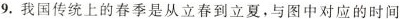
9.我国传统上的春季是从立春到立夏，与图中对应的时间